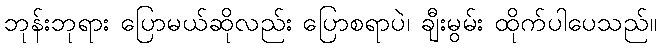
ဘုန်းဘုရား ပြောမယ်ဆိုလည်း ပြောစရာပဲ၊ ချီးမွမ်း ထိုက်ပါပေသည်။